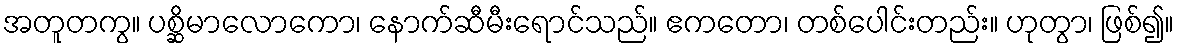
အတူတကွ။ ပစ္ဆိမာလောကော၊ နောက်ဆီမီးရောင်သည်။ ဧကတော၊ တစ်ပေါင်းတည်း။ ဟုတွာ၊ ဖြစ်၍။